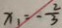
x _ { 1 } = \frac { 2 } { 3 }